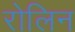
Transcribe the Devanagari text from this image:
रोलिन